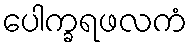
ပေါက္ခရဖလကံ